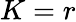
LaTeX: K=r